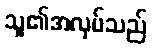
သူ၏အလုပ်သည်